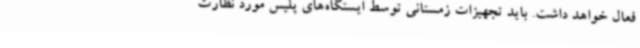
فعال خواهد داشت. باید تجهیزات زمستانی توسط ایستگاه‌های پلیس مورد نظارت